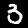
Digit: 3